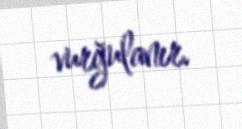
vurğulanır.